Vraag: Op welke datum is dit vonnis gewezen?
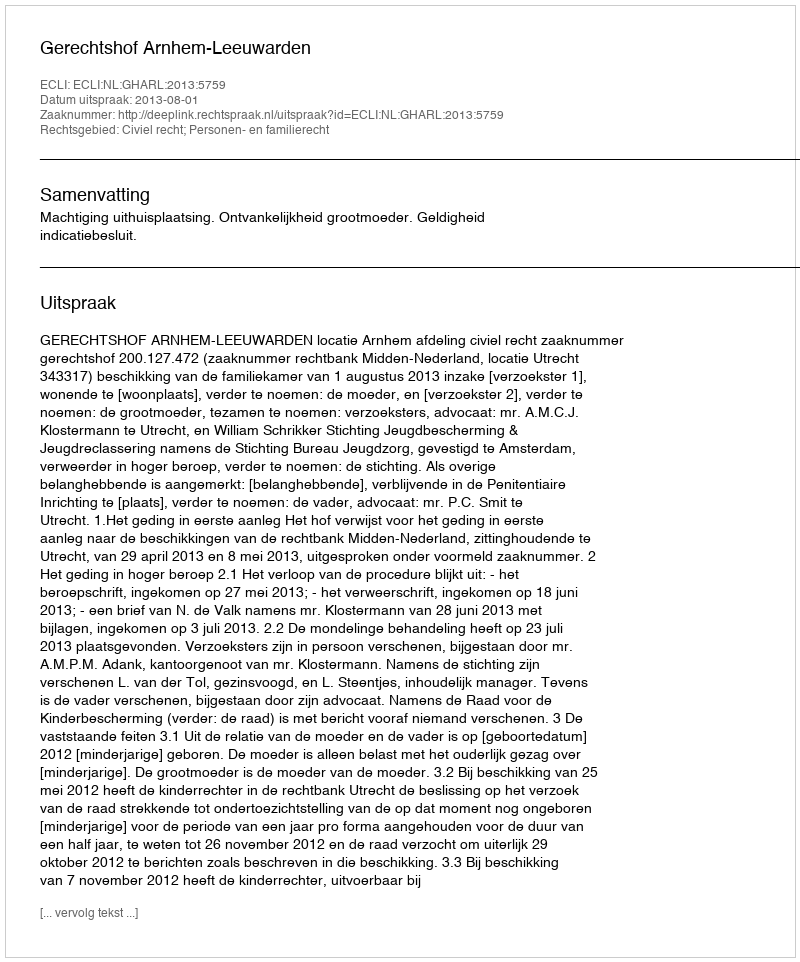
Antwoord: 2013-08-01